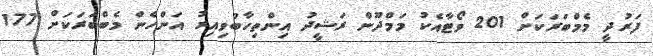
ފަރުދީ މެމްބަރަކަށް 201 ވޯޓާއެކު މަމްދޫން ރަޝީދު އިންތިހާބުވިއިރު އަންހެން މެބްބަރަކަށް 177